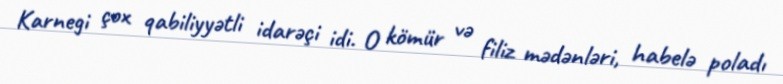
Karnegi çox qabiliyyətli idarəçi idi. O kömür və filiz mədənləri, habelə poladı